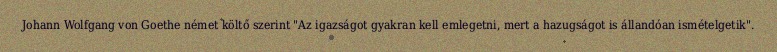
Johann Wolfgang von Goethe német költő szerint "Az igazságot gyakran kell emlegetni, mert a hazugságot is állandóan ismételgetik".